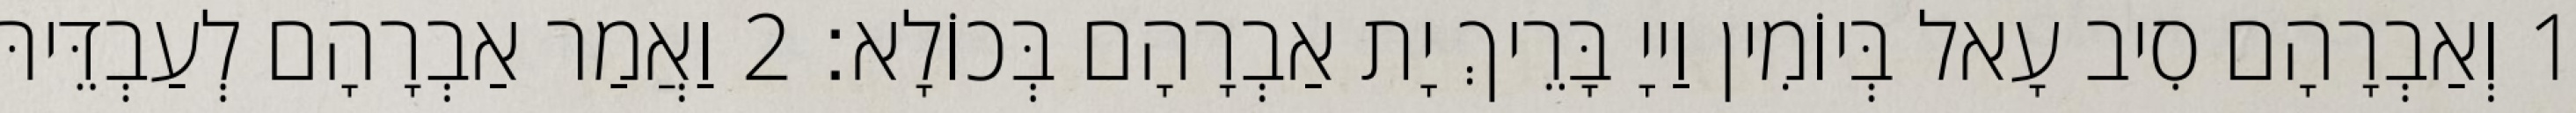
1 וְאַבְרָהָם סִיב עָאל בְּיוֹמִין וַייָ בָּרֵיךְ יָת אַבְרָהָם בְּכוֹלָא׃ 2 וַאֲמַר אַבְרָהָם לְעַבְדֵּיהּ